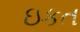
ઇકત